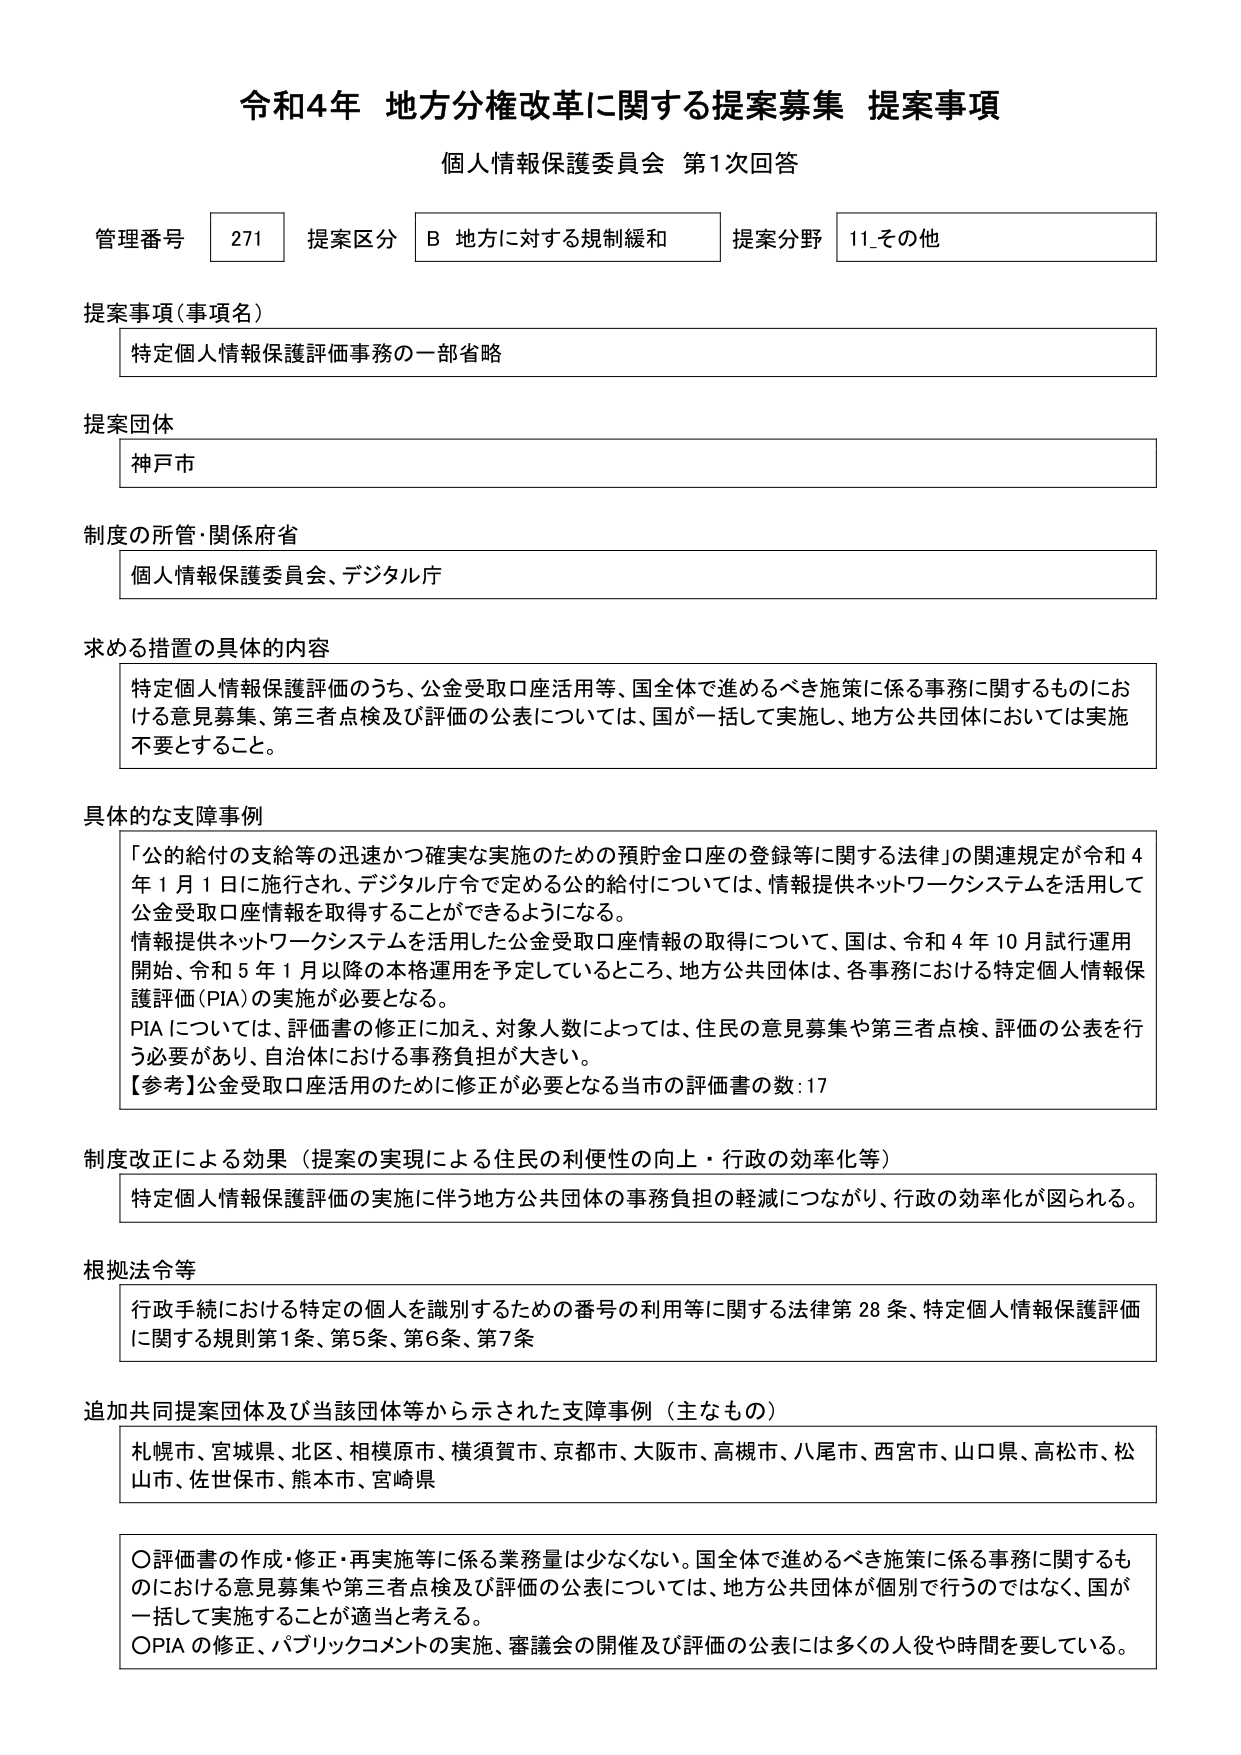
令和4年 地方分権改革に関する提案募集 提案事項
個人情報保護委員会 第1次回答

管理番号 271 提案区分 B 地方に対する規制緩和 提案分野 11_その他

提案事項（事項名）
特定個人情報保護評価事務の一部省略

提案団体
神戸市

制度の所管・関係府省
個人情報保護委員会、デジタル庁

求める措置の具体的内容
特定個人情報保護評価のうち、公金受取口座活用等、国全体で進めるべき施策に係る事務に関するものにおける意見募集、第三者点検及び評価の公表については、国が一括して実施し、地方公共団体においては実施不要とすること。

具体的な支障事例
「公的給付の支給等の迅速かつ確実な実施のための預貯金口座の登録等に関する法律」の関連規定が令和4年1月1日に施行され、デジタル庁令で定める公的給付については、情報提供ネットワークシステムを活用して公金受取口座情報を取得することができるようになる。
情報提供ネットワークシステムを活用した公金受取口座情報の取得について、国は、令和4年10月試行運用開始、令和5年1月以降の本格運用を予定しているところ、地方公共団体は、各事務における特定個人情報保護評価（PIA）の実施が必要となる。
PIAについては、評価書の修正に加え、対象人数によっては、住民の意見募集や第三者点検、評価の公表を行う必要があり、自治体における事務負担が大きい。
【参考】公金受取口座活用のために修正が必要となる当市の評価書の数：17

制度改正による効果（提案の実現による住民の利便性の向上・行政の効率化等）
特定個人情報保護評価の実施に伴う地方公共団体の事務負担の軽減につながり、行政の効率化が図られる。

根拠法令等
行政手続における特定の個人を識別するための番号の利用等に関する法律第28条、特定個人情報保護評価に関する規則第1条、第5条、第6条、第7条

追加共同提案団体及び当該団体等から示された支障事例（主なもの）
札幌市、宮城県、北区、相模原市、横須賀市、京都市、大阪市、高槻市、八尾市、西宮市、山口県、高松市、松山市、佐世保市、熊本市、宮崎県

〇評価書の作成・修正・再実施等に係る業務量は少なくない。国全体で進めるべき施策に係る事務に関するものにおける意見募集や第三者点検及び評価の公表については、地方公共団体が個別で行うのではなく、国が一括して実施することが適当と考える。
〇PIAの修正、パブリックコメントの実施、審議会の開催及び評価の公表には多くの人役や時間を要している。